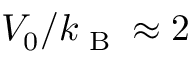
V _ { 0 } / k _ { \textrm { B } } \approx 2